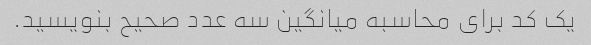
یک کد برای محاسبه میانگین سه عدد صحیح بنویسید.